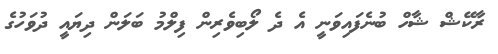
ރާކޭޝް ޝާހް ބުނެފައިވަނީ އެ ދެ ލޯބިވެރިން ފިލްމު ބަލަން ދިޔައީ ދުވަހުގެ